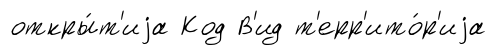
откры́т'иjа Код В'ид т'ерр'ито́р'иjа